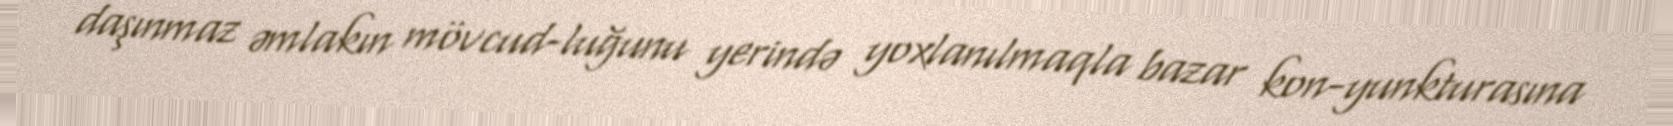
daşınmaz əmlakın mövcud­luğunu yerində yoxlanılmaqla bazar kon­yunkturasına